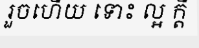
រួចហើយ ទោះ ល្អ ក្តី